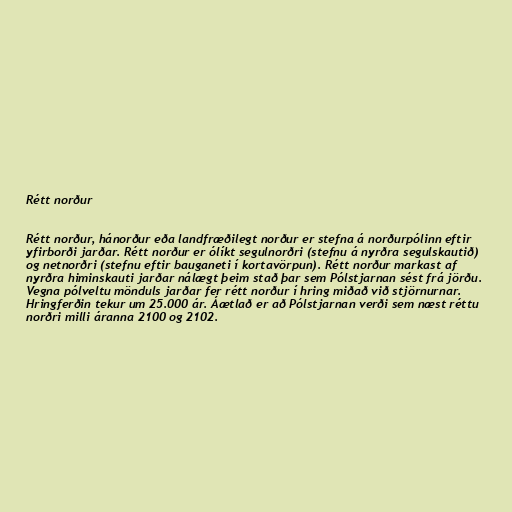
Rétt norður

Rétt norður, hánorður eða landfræðilegt norður er stefna á norðurpólinn eftir
yfirborði jarðar. Rétt norður er ólíkt segulnorðri (stefnu á nyrðra segulskautið)
og netnorðri (stefnu eftir bauganeti í kortavörpun). Rétt norður markast af
nyrðra himinskauti jarðar nálægt þeim stað þar sem Pólstjarnan sést frá jörðu.
Vegna pólveltu mönduls jarðar fer rétt norður í hring miðað við stjörnurnar.
Hringferðin tekur um 25.000 ár. Áætlað er að Pólstjarnan verði sem næst réttu
norðri milli áranna 2100 og 2102.